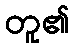
တူ၏